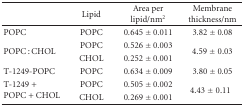
<table><thead><tr><td></td><td><b>Lipid</b></td><td><b>Area per lipid/nm<sup>2</sup></b></td><td><b>Membrane thickness/nm</b></td></tr></thead><tbody><tr><td>POPC</td><td>POPC</td><td>0.645 ± 0.011</td><td>3.82 ± 0.08</td></tr><tr><td rowspan="2">POPC : CHOL</td><td>POPC</td><td>0.526 ± 0.003</td><td rowspan="2">4.59 ± 0.03</td></tr><tr><td>CHOL</td><td>0.252 ± 0.001</td></tr><tr><td>T-1249-POPC</td><td>POPC</td><td>0.634 ± 0.009</td><td>3.80 ± 0.05</td></tr><tr><td rowspan="2">T-1249 + POPC + CHOL</td><td>POPC</td><td>0.505 ± 0.002</td><td rowspan="2">4.43 ± 0.11</td></tr><tr><td>CHOL</td><td>0.269 ± 0.001</td></tr></tbody></table>